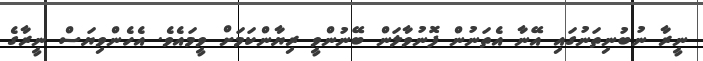
ނީރާ ނުބުނިތަނުގައި އޭނާ އެތަނުން ފޮނުވާލަން ބޭނުންވީ ރިޔާންކަމަށް ވީމައެވެ. އެހެންވިޔަސް ނީރާގެ